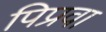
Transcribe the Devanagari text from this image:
पिप्रवा